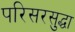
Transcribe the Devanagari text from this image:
परिसरसुद्धा